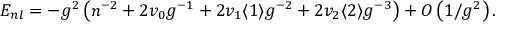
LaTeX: { \cal E } _ { n l } = - g ^ { 2 } \left( n ^ { - 2 } + 2 v _ { 0 } g ^ { - 1 } + 2 v _ { 1 } \langle 1 \rangle g ^ { - 2 } + 2 v _ { 2 } \langle 2 \rangle g ^ { - 3 } \right) + O \left( 1 / g ^ { 2 } \right) .